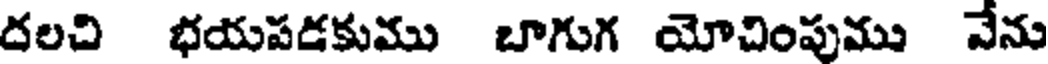
దలచి భయపడకుము బాగుగ యోచింపుము వేను